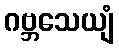
ဂဗ္ဘသေယျံ